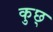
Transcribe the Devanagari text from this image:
कुछ्‍